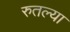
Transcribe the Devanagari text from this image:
रुतल्या